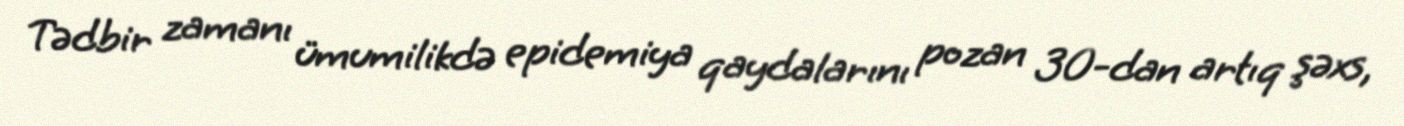
Tədbir zamanı ümumilikdə epidemiya qaydalarını pozan 30-dan artıq şəxs,